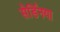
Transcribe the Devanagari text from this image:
सेर्डिनया